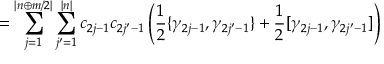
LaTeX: = \sum _ { j = 1 } ^ { | n \oplus m / 2 | } \sum _ { j ^ { \prime } = 1 } ^ { | n | } c _ { 2 j - 1 } c _ { 2 j ^ { \prime } - 1 } \left( \frac { 1 } { 2 } \{ \gamma _ { 2 j - 1 } , \gamma _ { 2 j ^ { \prime } - 1 } \} + \frac { 1 } { 2 } [ \gamma _ { 2 j - 1 } , \gamma _ { 2 j ^ { \prime } - 1 } ] \right)